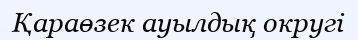
Қараөзек ауылдық округі